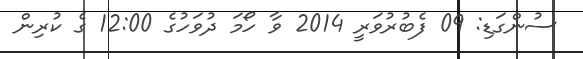
ސުންގަޑި: 09 ފެބުރުވަރީ 2014 ވާ ހޯމަ ދުވަހުގެ 12:00 ގެ ކުރިން